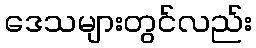
ဒေသများတွင်လည်း